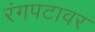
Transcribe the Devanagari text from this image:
रंगपटावर